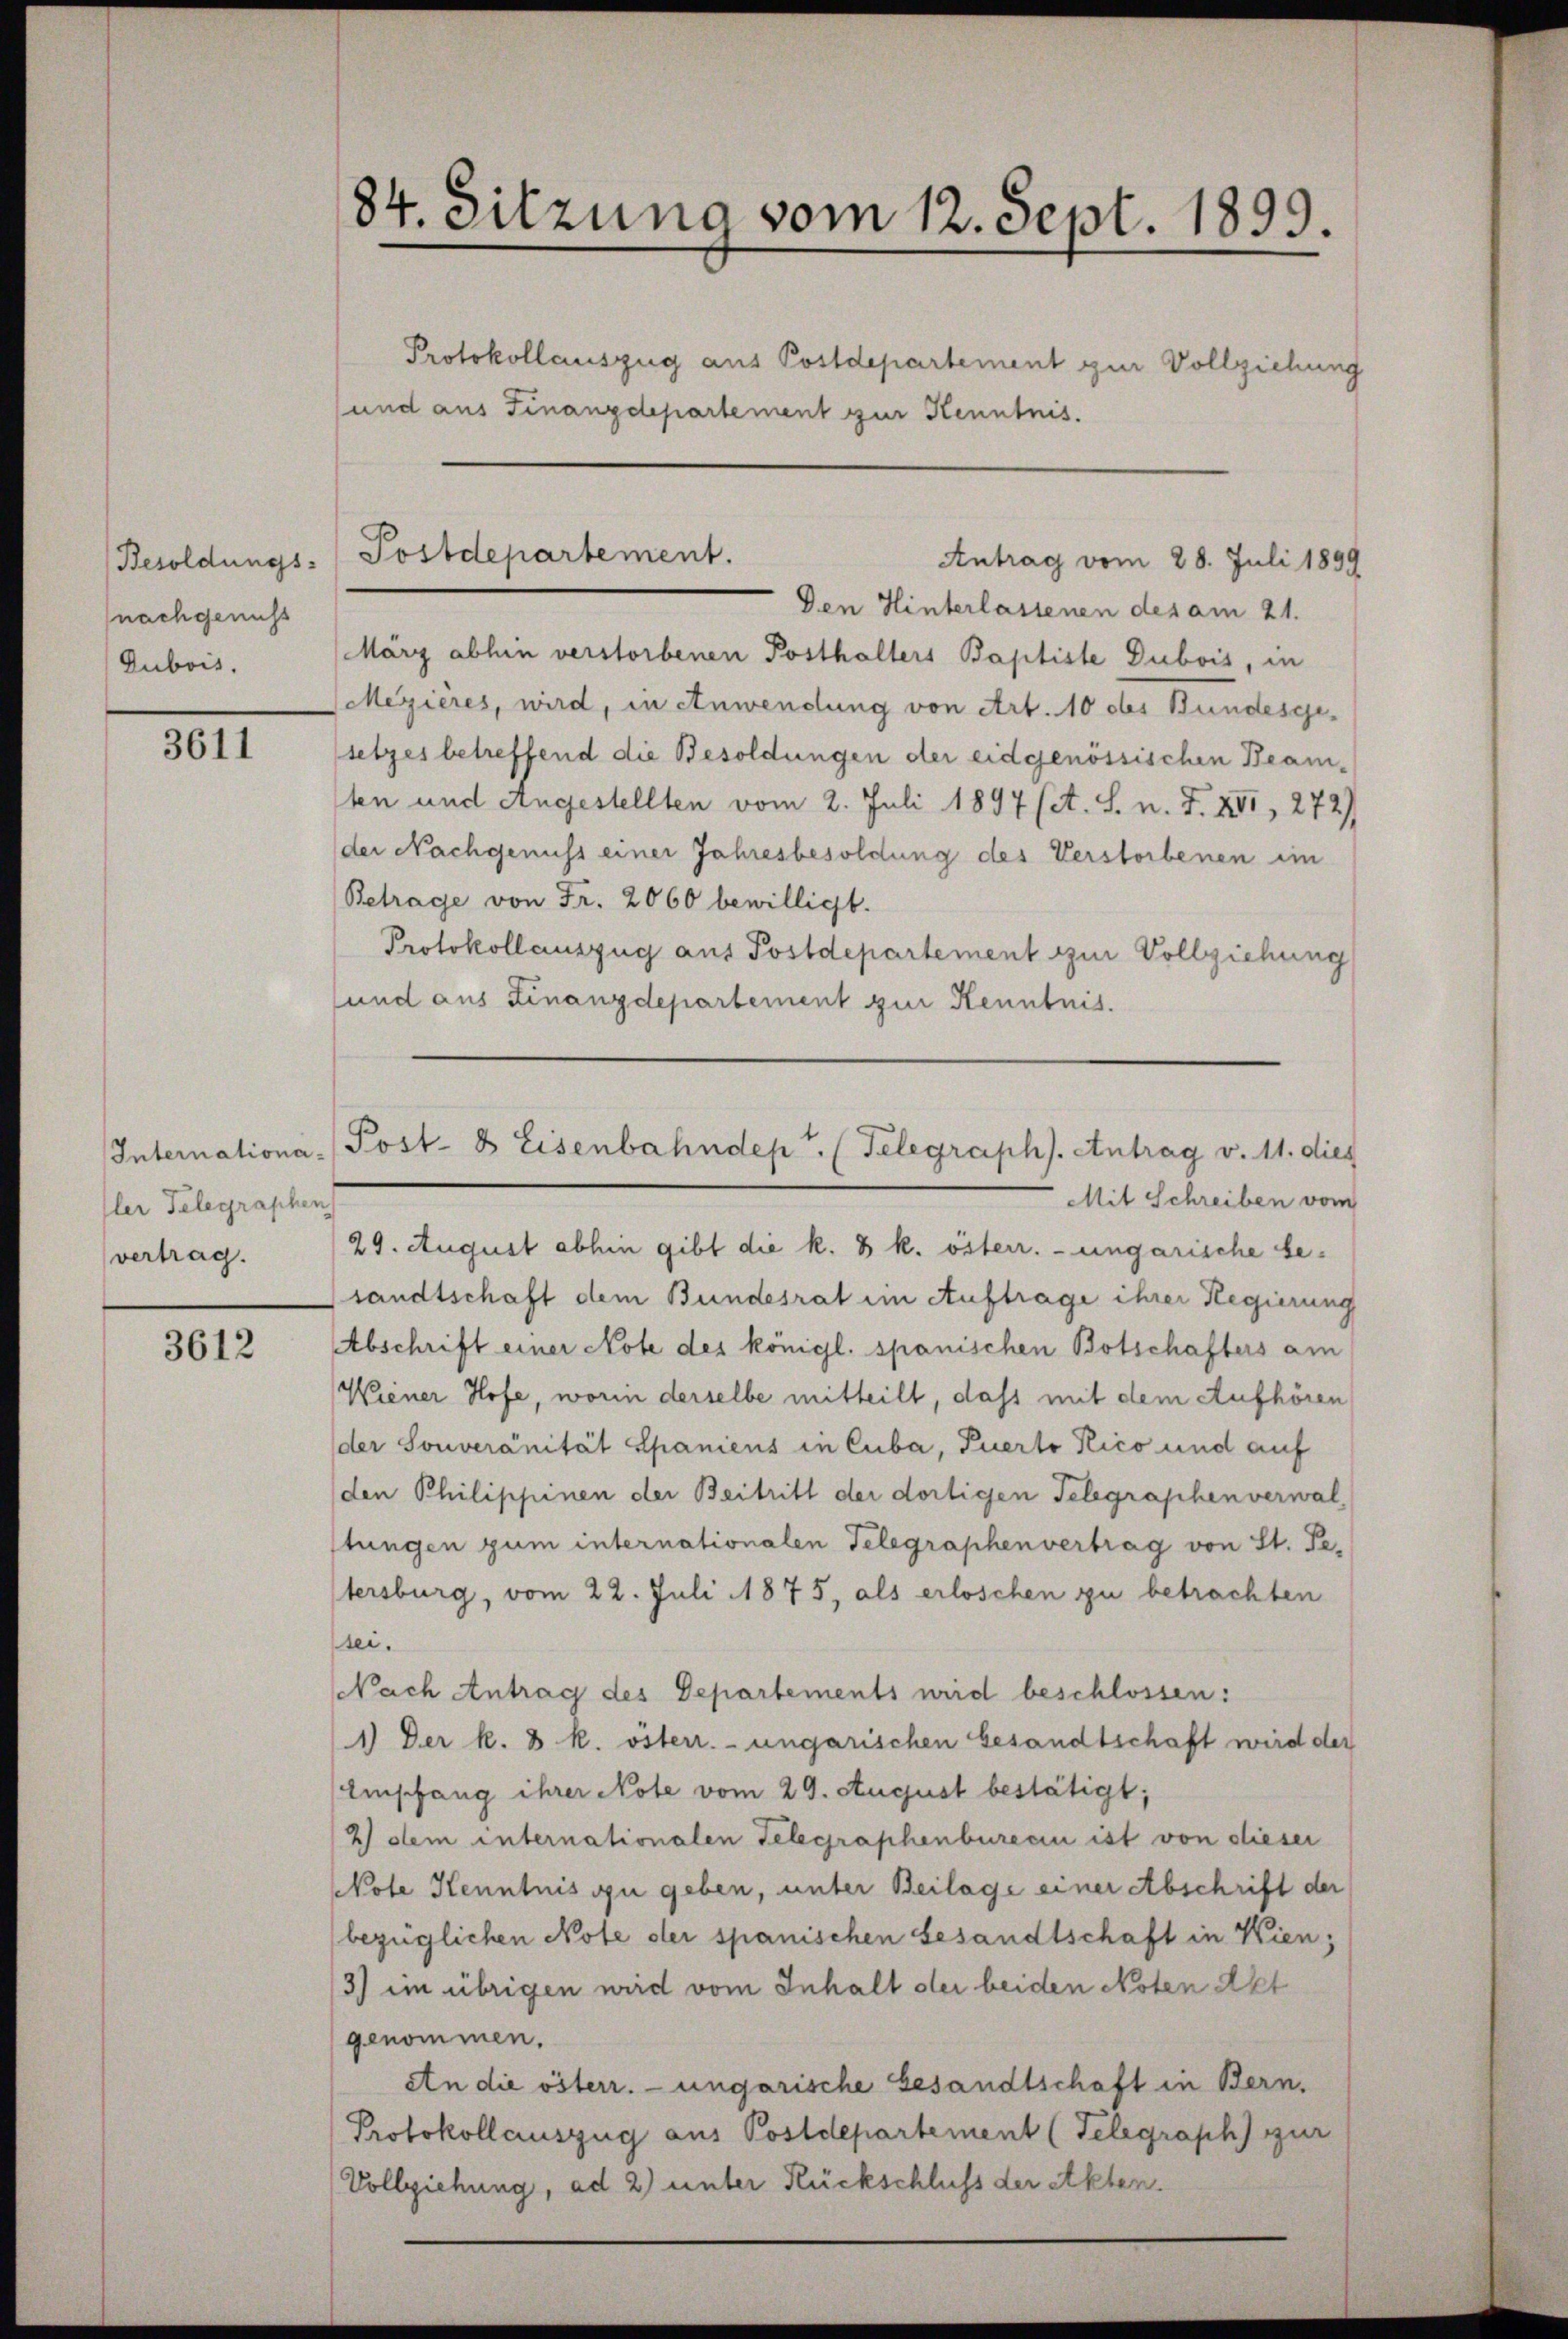
(nachgenuss
Dubois.

3611

fler Telegraphen
vertrag.

3612

84. Sitzung vom 12. Sept. 1899.

Protokollauszug aus Postdepartement zur Vollziehung
sund aus Finanzdepartement zur Kenntnis.

Den Hinterlassenen des am 21.
März abhin verstorbenen Posthalters Baptiste Dubois, in
Mezières, wird, in Anwendung von Art. 10 ober Bundesgesetzes betreffend die Besoldungen der eidgenössischen Beamten und Angestellten vom 2. Juli 1897 (et. S. n. F. XVI, 272)
der Nachgenuss einer Jahresbesoldung des Verstorbenen im
Betrage von Fr. 2060 bewilligt.
Protokollauszug aus Postdepartement zur Vollziehung
und aus Finanzdepartement zur Kenntnis.
Mit Schreiben vom
29. August abhin gibt die k. 8 k. österr. - ungarische besandtschaft dem Bundesrat im Auftrage ihrer Regierung
Abschrift einer Note des königl. spanischen Botschafters am
Wiener Hofe, worin derselbe mitteilt, dass mit dem Aufhören
der Souveränität Spaniens in Cuba, Puerto Rico und auf
den Philippinen der Beitritt der dortigen Telegraphen verwal
tungen zum internationalen Telegraphenvertrag von St. Ge-
tersburg, vom 22. Juli 1875, als erloschen zu betrachten
sei.
Nach Antrag des Departements wird beschlossen:
1) Der k. 8 k. österr. ungarischen besandtschaft wird der
Empfang ihrer Note vom 29. August bestätigt;
2) dem internationalen Telegraphenbureau ist von dieser
Note Kenntnis zu geben, unter Beilage einer Abschrift der
bezüglichen Note der spanischen Gesandtschaft in Kien;
3) im übrigen wird vom Inhalt ster beiden Noten Akt
genommen.
An die österr. ungarische Gesandtschaft in Bern.
Protokollauszug aus Postdepartement (Telegraph zur
Vollziehung, ad 2) unter Rückschluss der Akten.

Besoldungs-Postdepartement.
Antrag vom 28. Juli 1899

Internationa-Post- & Eisenbahndept. (Telegraphs Antrag v. 11. dies